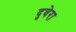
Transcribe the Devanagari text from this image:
दुवेरा